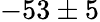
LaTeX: -53\pm 5